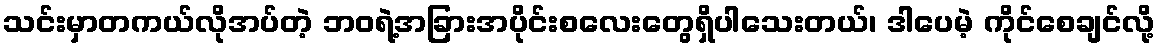
သင်းမှာတကယ်လိုအပ်တဲ့ ဘဝရဲ့အခြားအပိုင်းစလေးတွေရှိပါသေးတယ်၊ ဒါပေမဲ့ ကိုင်စေချင်လို့